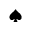
\spadesuit